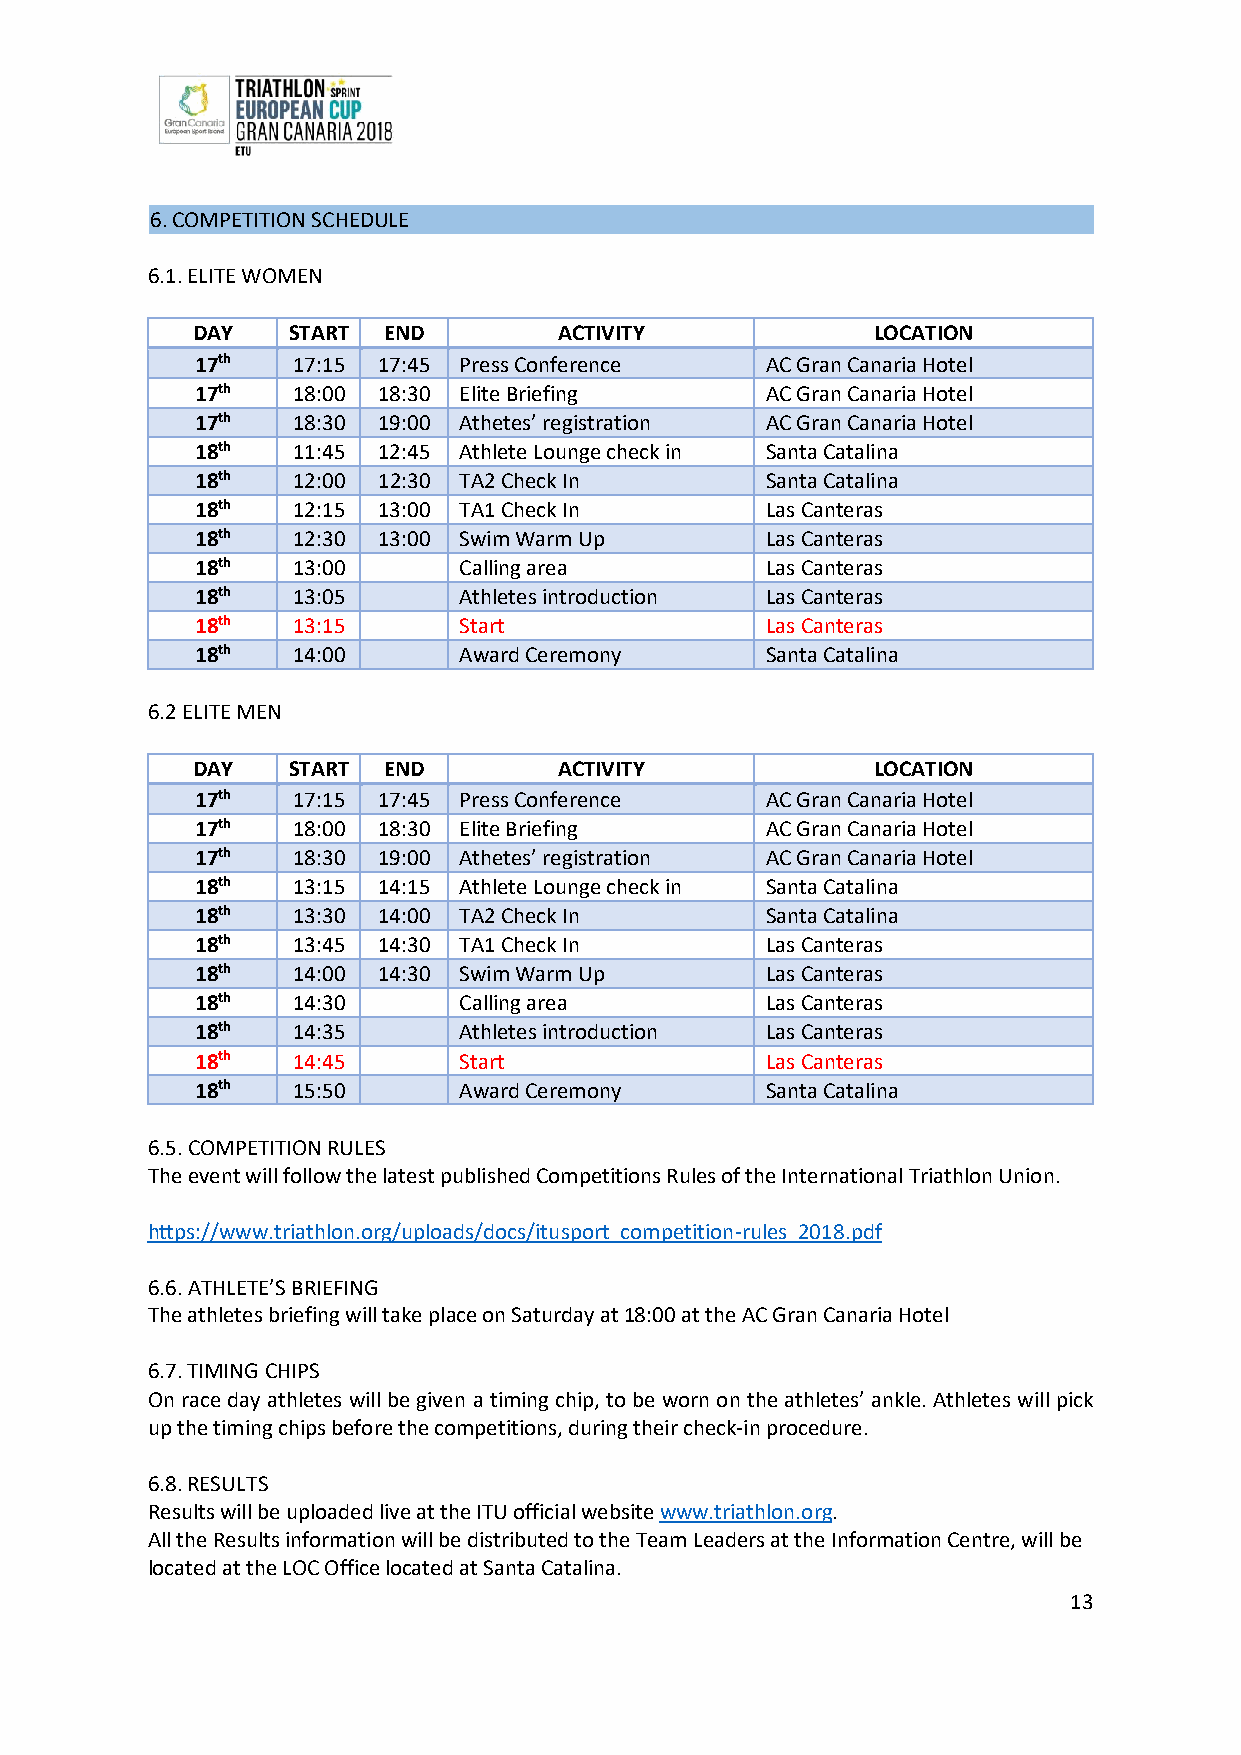
6. COMPETITION SCHEDULE
 6.1. ELITE WOMEN
 DAY   START END         ACTIVITY             LOCATION
 17th  17:15 17:45 Press Conference    AC Gran Canaria Hotel
 17th  18:00 18:30 Elite Briefing      AC Gran Canaria Hotel
 17th  18:30 19:00 Athetes’ registration AC Gran Canaria Hotel
 18th  11:45 12:45 Athlete Lounge check in Santa Catalina
 18th  12:00 12:30 TA2 Check In        Santa Catalina
 18th  12:15 13:00 TA1 Check In        Las Canteras
 18th  12:30 13:00 Swim Warm Up        Las Canteras
 18th  13:00      Calling area         Las Canteras
 18th  13:05      Athletes introduction Las Canteras
 18th  13:15      Start                Las Canteras
 18th  14:00      Award Ceremony       Santa Catalina
 6.2 ELITE MEN
 DAY   START END         ACTIVITY             LOCATION
 17th  17:15 17:45 Press Conference    AC Gran Canaria Hotel
 17th  18:00 18:30 Elite Briefing      AC Gran Canaria Hotel
 17th  18:30 19:00 Athetes’ registration AC Gran Canaria Hotel
 18th  13:15 14:15 Athlete Lounge check in Santa Catalina
 18th  13:30 14:00 TA2 Check In        Santa Catalina
 18th  13:45 14:30 TA1 Check In        Las Canteras
 18th  14:00 14:30 Swim Warm Up        Las Canteras
 18th  14:30      Calling area         Las Canteras
 18th  14:35      Athletes introduction Las Canteras
 18th  14:45      Start                Las Canteras
 18th  15:50      Award Ceremony       Santa Catalina
 6.5. COMPETITION RULES
 The event will follow the latest published Competitions Rules of the International Triathlon Union.
 https://www.triathlon.org/uploads/docs/itusport_competition-rules_2018.pdf
 6.6. ATHLETE’S BRIEFING
 The athletes briefing will take place on Saturday at 18:00 at the AC Gran Canaria Hotel
 6.7. TIMING CHIPS
 On race day athletes will be given a timing chip, to be worn on the athletes’ ankle. Athletes will pick
 up the timing chips before the competitions, during their check-in procedure.
 6.8. RESULTS
 Results will be uploaded live at the ITU official website www.triathlon.org.
 All the Results information will be distributed to the Team Leaders at the Information Centre, will be
 located at the LOC Office located at Santa Catalina.
 13